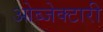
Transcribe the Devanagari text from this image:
ओब्जेक्टारी